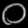
Digit: ၀